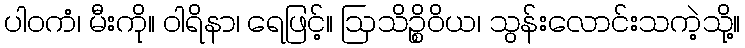
ပါဝကံ၊ မီးကို။ ဝါရိနာ၊ ရေဖြင့်။ ဩသိဉ္စိဝိယ၊ သွန်းလောင်းသကဲ့သို့။